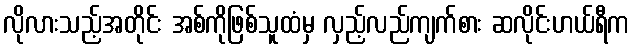
လိုလားသည့်အတိုင်း အစ်ကိုဖြစ်သူထံမှ လှည့်လည်ကျက်စား ဆလိုင်းဟယ်ရီက